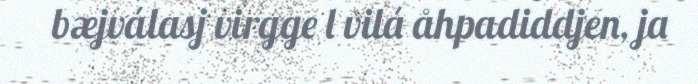
bæjválasj virgge l vilá åhpadiddjen, ja